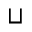
\sqcup